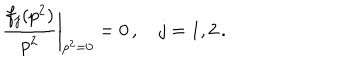
LaTeX: \frac { f _ { j } ( p ^ { 2 } ) } { p ^ { 2 } } { \bigg | } _ { p ^ { 2 } = 0 } = 0 \, , \quad j = 1 , 2 \, .